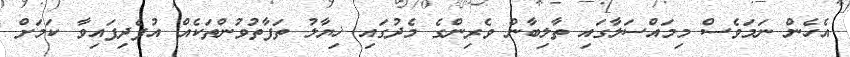
އެހެން ނަމަވެސް މިމައްސަލާގައި ތާލިބާން ވެރިންގެ މެދުގައި ޚިޔާލު ތަފާތުވުންތަކެއް އުފެދިފައިވާ ކަމަށް